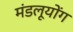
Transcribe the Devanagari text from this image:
मंडलूयोंग